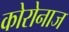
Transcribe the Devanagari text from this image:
कोरोनाज